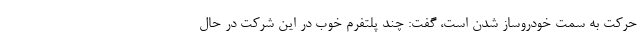
حرکت به سمت خودروساز شدن است، گفت: چند پلتفرم خوب در این شرکت در حال